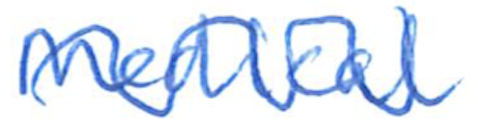
Text: Medical
Cross-out: wave
Writing tool: ballpoint